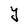
Character: Y